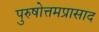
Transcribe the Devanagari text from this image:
पुरुषोत्तमप्रासाद